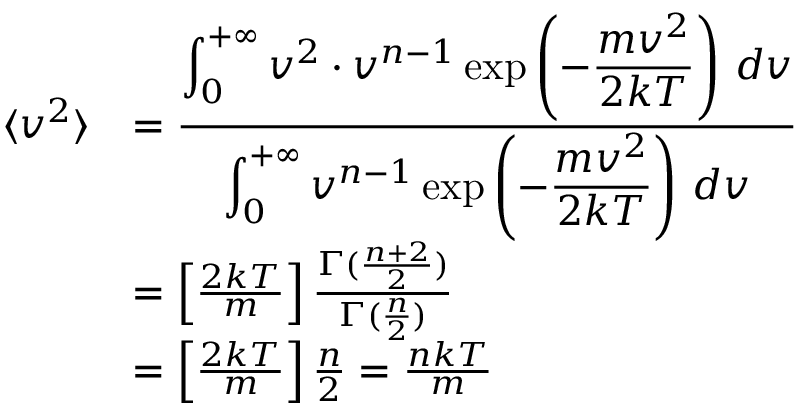
{ \begin{array} { r l } { \langle v ^ { 2 } \rangle } & { = { \frac { \displaystyle \int _ { 0 } ^ { + \infty } v ^ { 2 } \cdot v ^ { n - 1 } \exp \left( - { \frac { m v ^ { 2 } } { 2 k T } } \right) \, d v } { \displaystyle \int _ { 0 } ^ { + \infty } v ^ { n - 1 } \exp \left( - { \frac { m v ^ { 2 } } { 2 k T } } \right) \, d v } } } \\ & { = \left[ { \frac { 2 k T } { m } } \right] { \frac { \Gamma ( { \frac { n + 2 } { 2 } } ) } { \Gamma ( { \frac { n } { 2 } } ) } } } \\ & { = \left[ { \frac { 2 k T } { m } } \right] { \frac { n } { 2 } } = { \frac { n k T } { m } } } \end{array} }